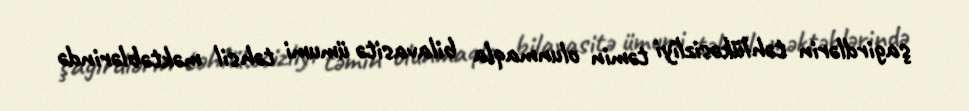
şagirdlərin təhlükəsizliyi təmin olunmaqla bilavasitə ümumi təhsil məktəblərində